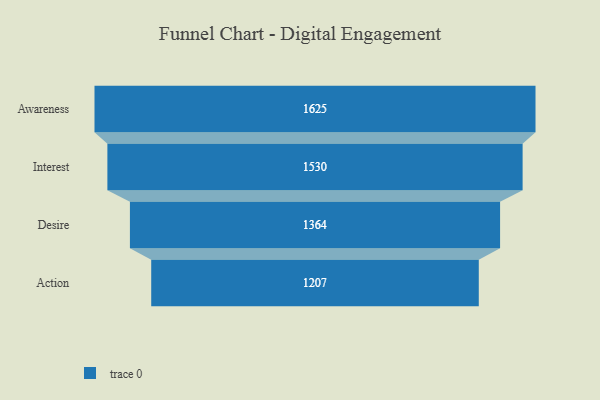
{"axis": {"x": "Stage", "y": "Value"}, "legend": [""], "data": [{"x": "Awareness", "y": 1625.0, "type": ""}, {"x": "Interest", "y": 1530.0, "type": ""}, {"x": "Desire", "y": 1364.0, "type": ""}, {"x": "Action", "y": 1207.0, "type": ""}]}